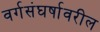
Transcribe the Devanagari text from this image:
वर्गसंघर्षावरील